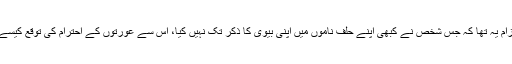
راہول گاندھی کا الزام یہ تھا کہ جس شخص نے کبھی اپنے حلف ناموں میں اپنی بیوی کا ذکر تک نہیں کیا، اس سے عورتوں کے احترام کی توقع کیسے کی جاسکتی ہے؟